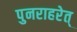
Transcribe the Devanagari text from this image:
पुनराहरेत्